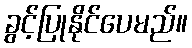
ခွင့်ပြုနိုင်ပေမည်။